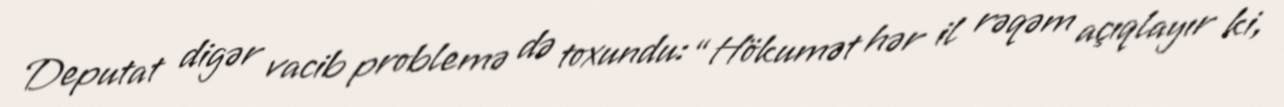
Deputat digər vacib problemə də toxundu: “Hökumət hər il rəqəm açıqlayır ki,